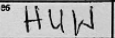
Transcription: HUW